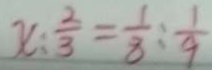
x : \frac { 2 } { 3 } = \frac { 1 } { 8 } : \frac { 1 } { 9 }